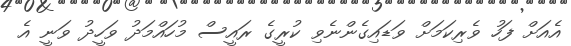
އެއަށް ފަހު ވެރިކަމަށް ވަޑައިގެންނެވި ކުރީގެ ރައީސް މުހައްމަދު ވަހީދު ވަނީ އެ